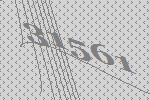
31561